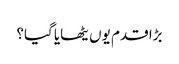
بڑا قدم یوں یٹھایا گیا؟